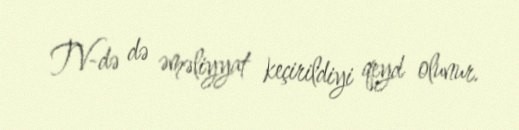
TV-də də əməliyyat keçirildiyi qeyd olunur.